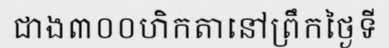
ជាង៣០០ហិកតានៅព្រឹកថ្ងៃទី